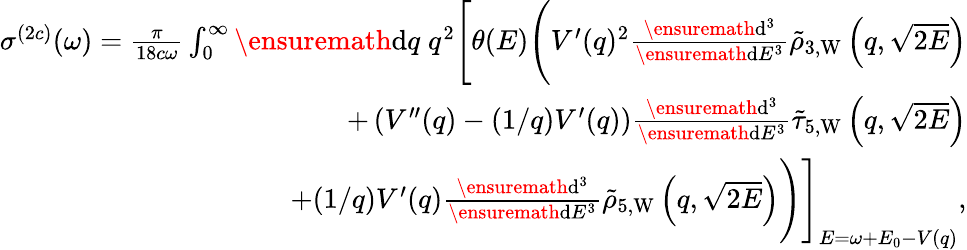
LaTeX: \begin{array}{r}{\sigma^{(2c)}(\omega)=\frac{\pi}{18c\omega}\int_{0}^{\infty}\ensuremath{\mathrm{d}}q\; q^{2}\Biggl[\theta(E)\Biggl(V^{\prime}(q)^{2}\frac{\ensuremath{\mathrm{d}}^{3}}{\ensuremath{\mathrm{d}}E^{3}}\tilde{\rho}_{3,\mathrm{W}}\left(q,\sqrt{2E}\right)}\\ {+\left(V^{\prime\prime}(q)-(1/q)V^{\prime}(q)\right)\frac{\ensuremath{\mathrm{d}}^{3}}{\ensuremath{\mathrm{d}}E^{3}}\tilde{\tau}_{5,\mathrm{W}}\left(q,\sqrt{2E}\right)}\\ {+(1/q)V^{\prime}(q)\frac{\ensuremath{\mathrm{d}}^{3}}{\ensuremath{\mathrm{d}}E^{3}}\tilde{\rho}_{5,\mathrm{W}}\left(q,\sqrt{2E}\right)\Biggl)\Biggl]_{E=\omega+E_{0}-V(q)},}\end{array}